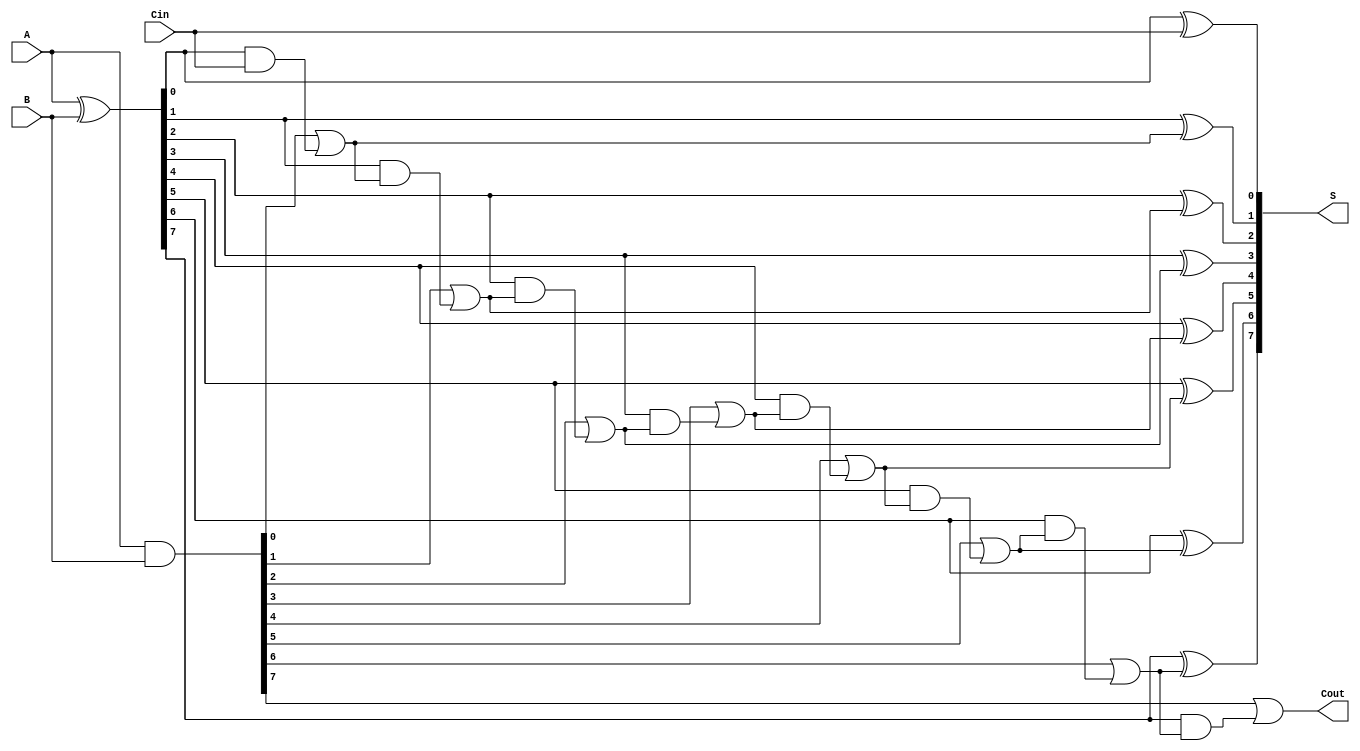
module Sklansky_Adder #(parameter n = 8) (
    input  wire [n-1:0] A,    // First input
    input  wire [n-1:0] B,    // Second input
    input  wire Cin,           // Carry-in
    output wire [n-1:0] S,     // Sum output
    output wire Cout           // Carry-out
);
    // Generate and Propagate signals
    wire [n-1:0] G; // Generate signals
    wire [n-1:0] P; // Propagate signals
    wire [n:0] C;   // Carry signals

    // Generate and Propagate calculations
    assign G = A & B;          // G[i] = A[i] & B[i]
    assign P = A ^ B;          // P[i] = A[i] ^ B[i]

    // Carry calculations
    assign C[0] = Cin;         // C[0] = Cin

    genvar i;
    generate
        for (i = 0; i < n; i = i + 1) begin : carry_generation
            if (i == 0) begin
                assign C[1] = G[0] | (P[0] & C[0]);
            end else if (i == 1) begin
                assign C[2] = G[1] | (P[1] & C[1]);
            end else if (i == 2) begin
                assign C[3] = G[2] | (P[2] & C[2]);
            end else if (i == 3) begin
                assign C[4] = G[3] | (P[3] & C[3]);
            end else if (i == 4) begin
                assign C[5] = G[4] | (P[4] & C[4]);
            end else if (i == 5) begin
                assign C[6] = G[5] | (P[5] & C[5]);
            end else if (i == 6) begin
                assign C[7] = G[6] | (P[6] & C[6]);
            end else if (i == 7) begin
                assign C[8] = G[7] | (P[7] & C[7]);
            end
        end
    endgenerate

    // Sum calculation
    generate
        for (i = 0; i < n; i = i + 1) begin : sum_generation
            assign S[i] = P[i] ^ C[i]; // S[i] = P[i] ^ C[i]
        end
    endgenerate

    // Final carry-out
    assign Cout = C[n]; // Cout = C[n]

endmodule